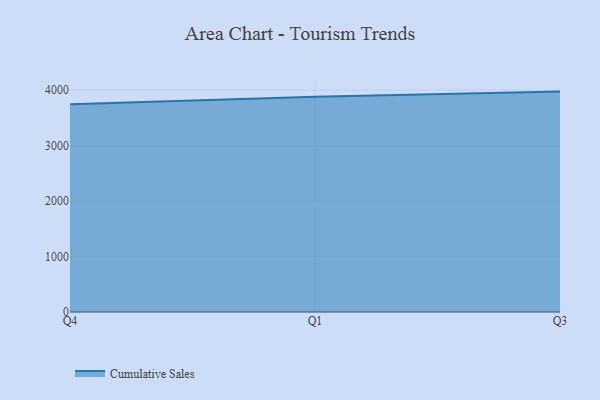
{"axis": {"x": "Quarter", "y": "Revenue (USD Million)"}, "legend": ["Cumulative Sales"], "data": [{"x": "Q4", "y": 3747.4, "type": "Cumulative Sales"}, {"x": "Q1", "y": 3879.8, "type": "Cumulative Sales"}, {"x": "Q3", "y": 3973.7, "type": "Cumulative Sales"}]}